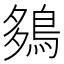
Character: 𪀩